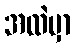
အထဲမှာ